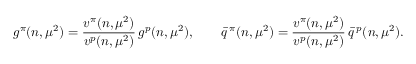
g ^ { \pi } ( n , \mu ^ { 2 } ) = \frac { v ^ { \pi } ( n , \mu ^ { 2 } ) } { v ^ { p } ( n , \mu ^ { 2 } ) } \, g ^ { p } ( n , \mu ^ { 2 } ) , \quad \quad \bar { q } \, ^ { \pi } ( n , \mu ^ { 2 } ) = \frac { v ^ { \pi } ( n , \mu ^ { 2 } ) } { v ^ { p } ( n , \mu ^ { 2 } ) } \, \bar { q } \, ^ { p } ( n , \mu ^ { 2 } ) .